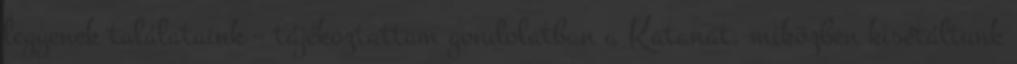
legyenek találataink – tájékoztattam gondolatban a Katanát, miközben kisétáltunk